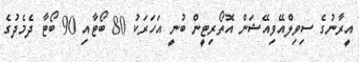
އީރާނުގެ ސިވިލްއޭވިއޭޝަން އޮތޯރިޓީން ބުނީ އަހަރަކު 80 ބޯޓާއި 90 ބޯޓާ ދެމެދުގެ